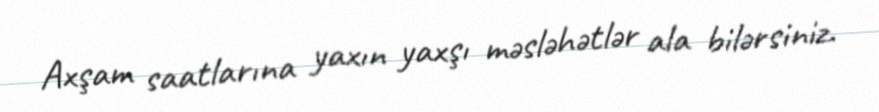
Axşam saatlarına yaxın yaxşı məsləhətlər ala bilərsiniz.